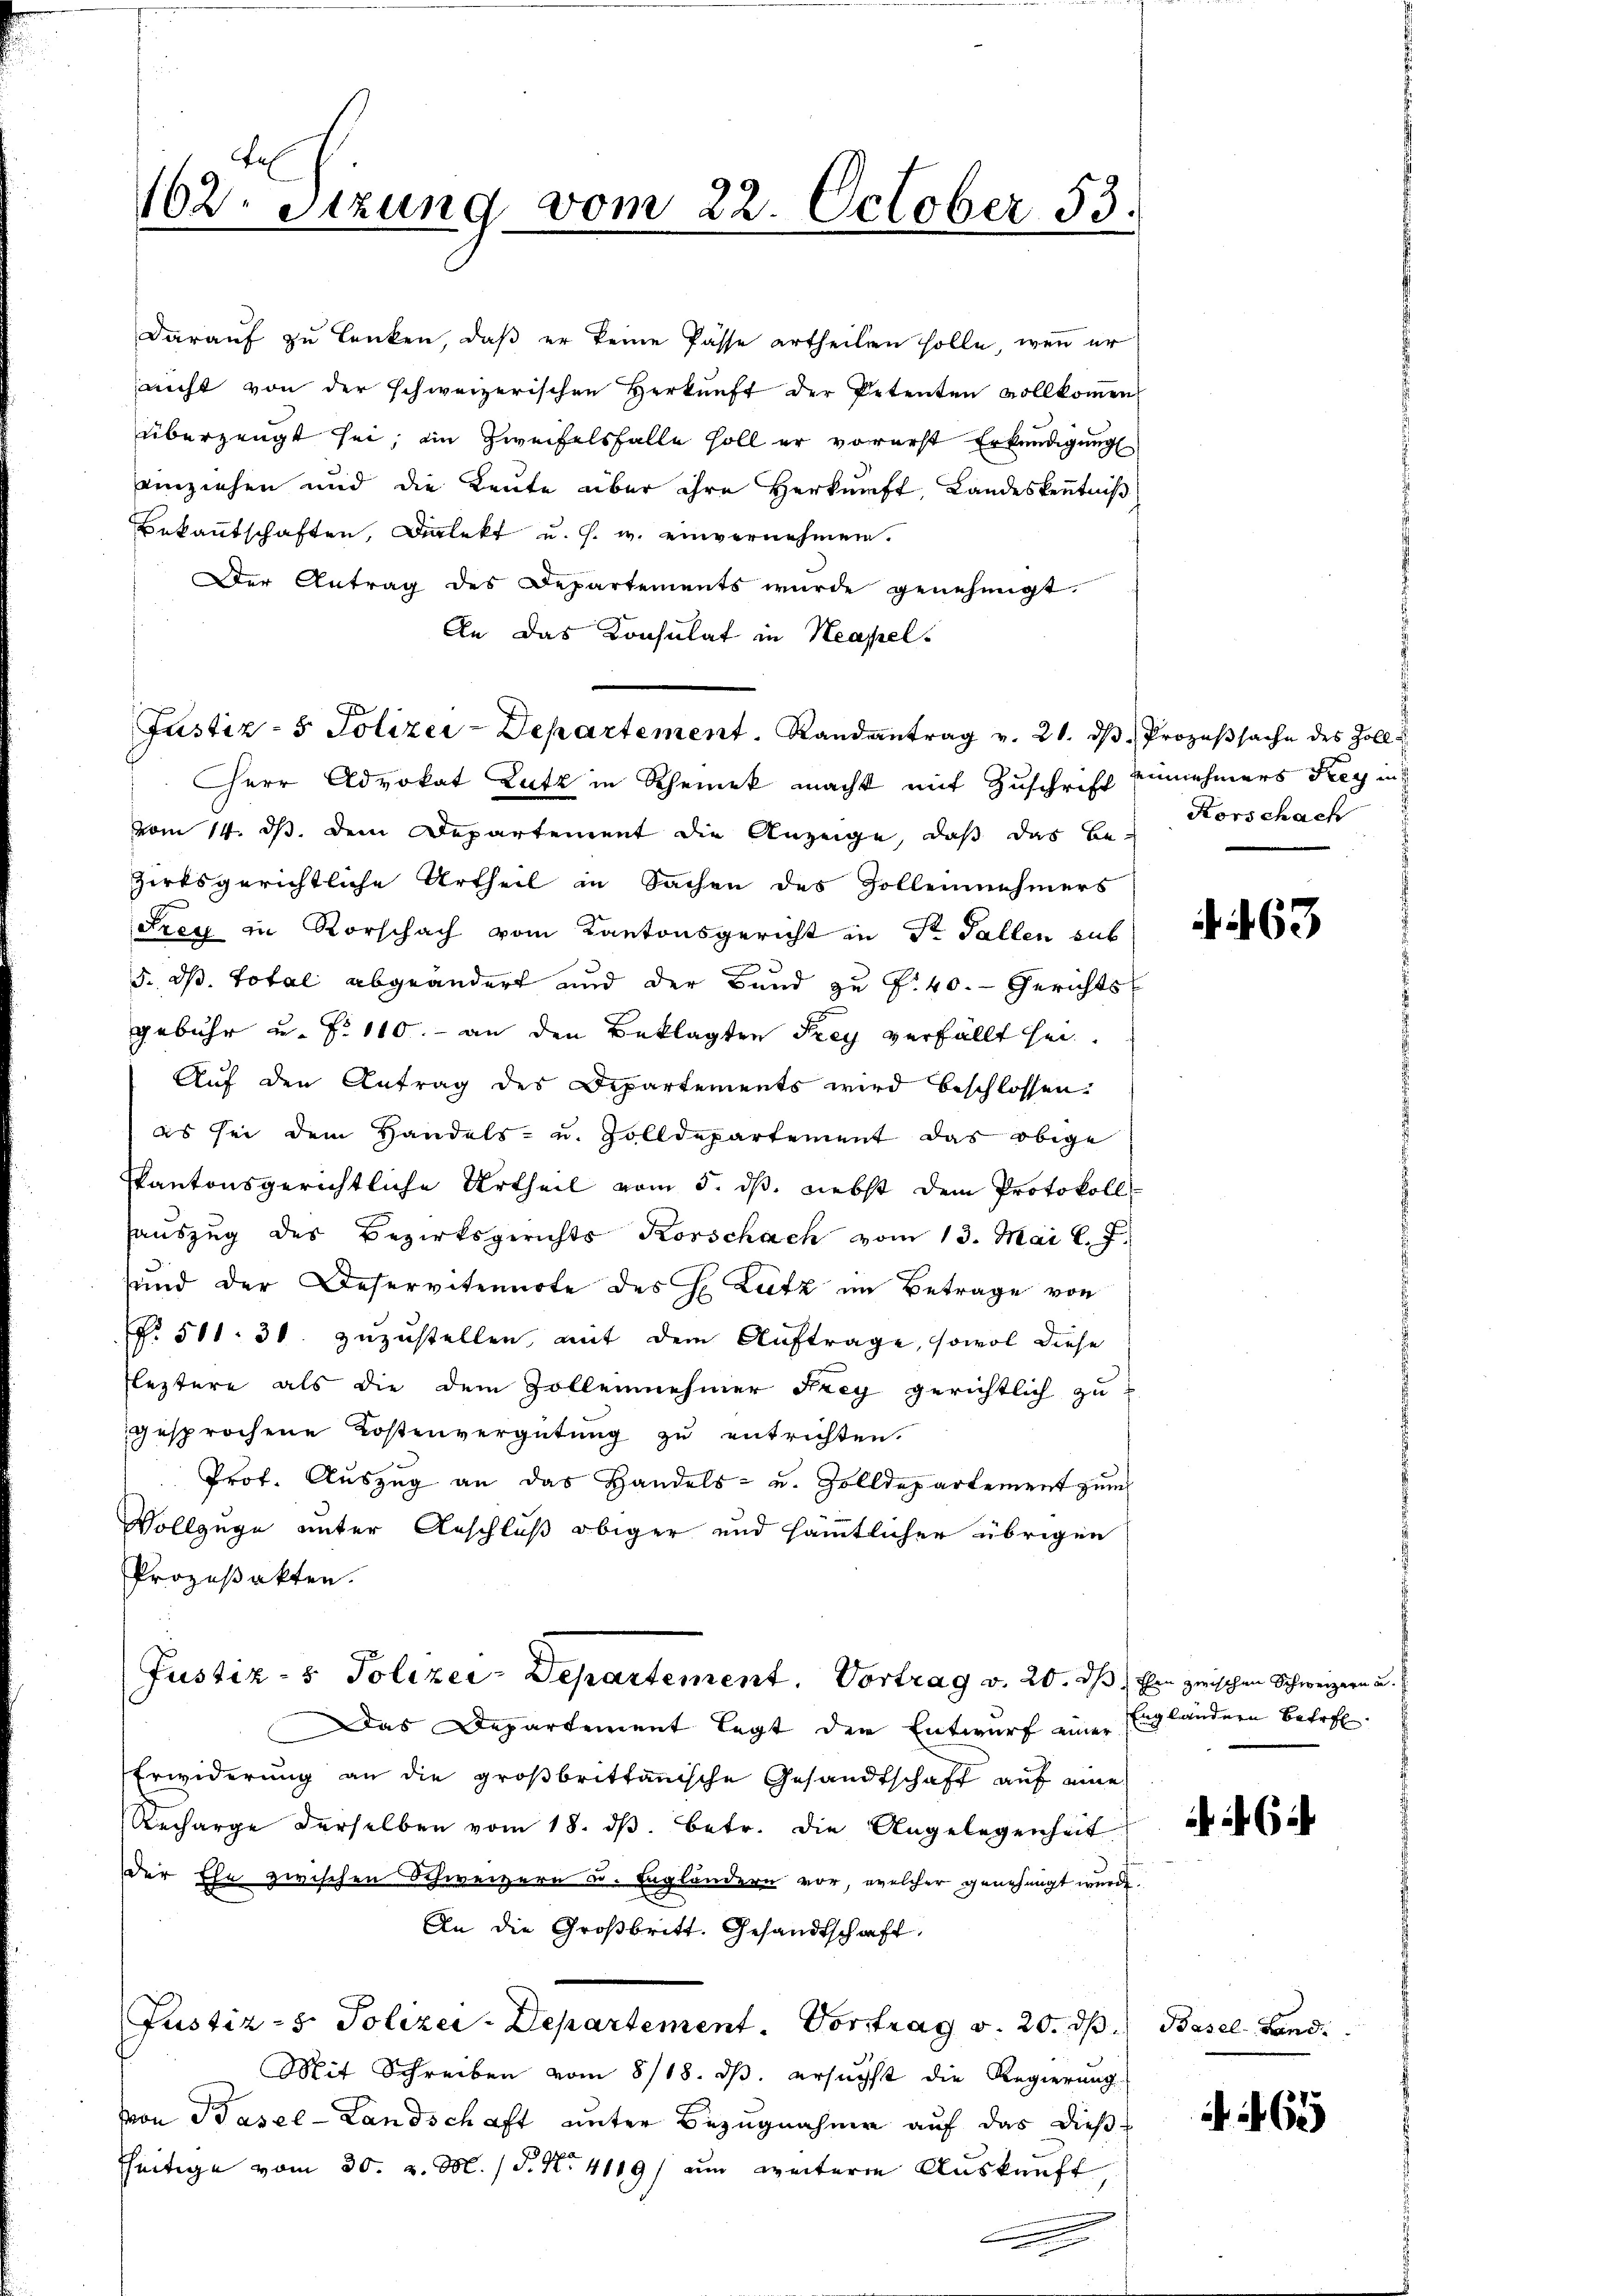
Fe
162. Sitzung vom 22. October 53.

Darauf zu lenken, daß er keine Pässe ertheilen solle, wenn er
nicht von der schweizerischen Herkunft der Petenten vollkommen,
überzeugt sei; im Zweifelsfalle soll er vorerst Erkundigung
einziehen und die Leute über ihre Herkunft, Landeskenntniß
Bekanntschaften, Dialekt u. s. w. einvernehmen.
Der Antrag des Departements wurde genehmigt.
An das Konsulat in Neapel-
Herr Advokat Lutz in Scheinek macht mit Zuschrift einnehmers Frey in
vom 14. ds. dem Departement die Anzeige, daß das Be-
zirksgerichtliche Urtheil in Sachen des Zollennehmers
Frey in Rorschach vom Kantonsgericht in St. Gallen sub
5. dß. total abgeändert und der Band zu f. 40. Gerichts
gebühr u. f. 110.- an den Beklagten Frey verfällt sei.
Auf den Antrag des Departements wird beschlossen:
es sei dem Handels- u. Zolldepartement das obige
Pkantonsgerichtliche Urtheil vom 5. dß. nebst dem Protokoll
haŭszŭg des Bezirksgerichts Korschach vom 13. Mai l. J.
sund der Deservitennote des H. Lutz im Betrage von
No. 511. 30. zuzustellen, mit dem Auftrage, sowol diese
Fleztere als die dem Zollennehmer Frey gerichtlich zu
gesprochene Kostenvergütung zŭ entrichten.
Prof. Auszug an das Handels- u. Zolldepartement zum
Vollzuge unter Anschluß obiger und sämmtlicher übrigen
Prozeßakten.
Justiz- & Polizei-Departement. Vortrag v. 20. ds. Ein zwischen Schweizern u.
Das Departement legt der Entwurf einer Engländern betreten
Erwiderung an die großbrittanische Gesandtschaft auf eine
Recharge derselben vom 18. dβ. betr. die Angelegenheit
der Ehe zwischen Schweizern u. Engländern vor, welcher genehmigt wurde.
An die Großbritt. Gesandtschaft
Justiz- & Polizei-Departement. Vortrag v. 20. ds.
Mit Schreiben vom 8/18. dβ. ersŭcht die Regierung
von Basel-Landschaft unter Bezugnahme auf das dieß
seitige vom 30. v. M. P. Nr. 4119) um weitere Auskunft

Justiz- & Polizei-Departement. Randantrag v. 21. ds Prozeßsache des Zoll¬

Korschach

63

Basel-Land

6